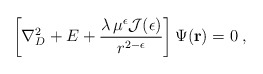
\begin{align*}\left[\nabla^{2}_{{D}} + E + \frac{\lambda \, \mu^{\epsilon}{\mathcal J}(\epsilon)}{r^{2 -\epsilon}}\right]\Psi({\bf r}) = 0\; ,\end{align*}